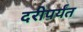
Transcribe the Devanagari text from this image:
दरीपर्यंत